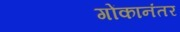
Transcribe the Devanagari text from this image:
गोंकानंतर